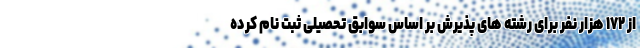
از ۱۷۲ هزار نفر برای رشته های پذیرش بر اساس سوابق تحصیلی ثبت نام کرده